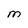
Character: M